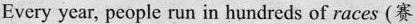
Every year, people run in hundreds of races (赛